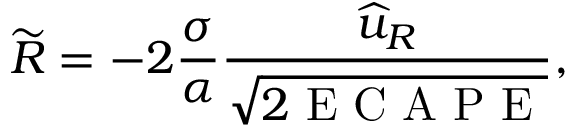
\widetilde { R } = - 2 \frac { \sigma } { \alpha } \frac { \widehat { u } _ { R } } { \sqrt { 2 \mathrm { ~ E ~ C ~ A ~ P ~ E ~ } } } ,